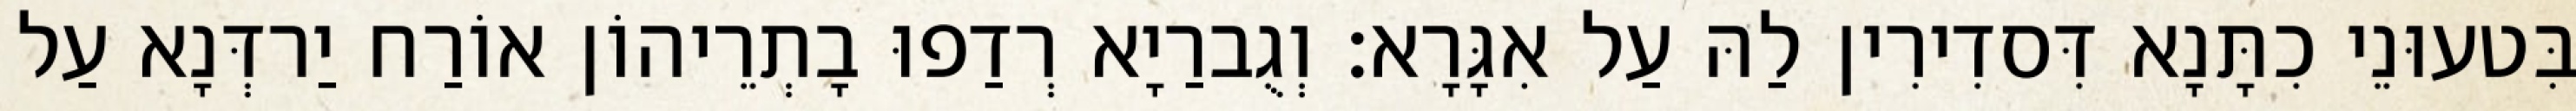
בִּטעוּנֵי כִתָּנָא דִּסדִירִין לַהּ עַל אִגָּרָא׃ וְגֻברַיָא רְדַפוּ בָתְרֵיהוֹן אוֹרַח יַרדְּנָא עַל